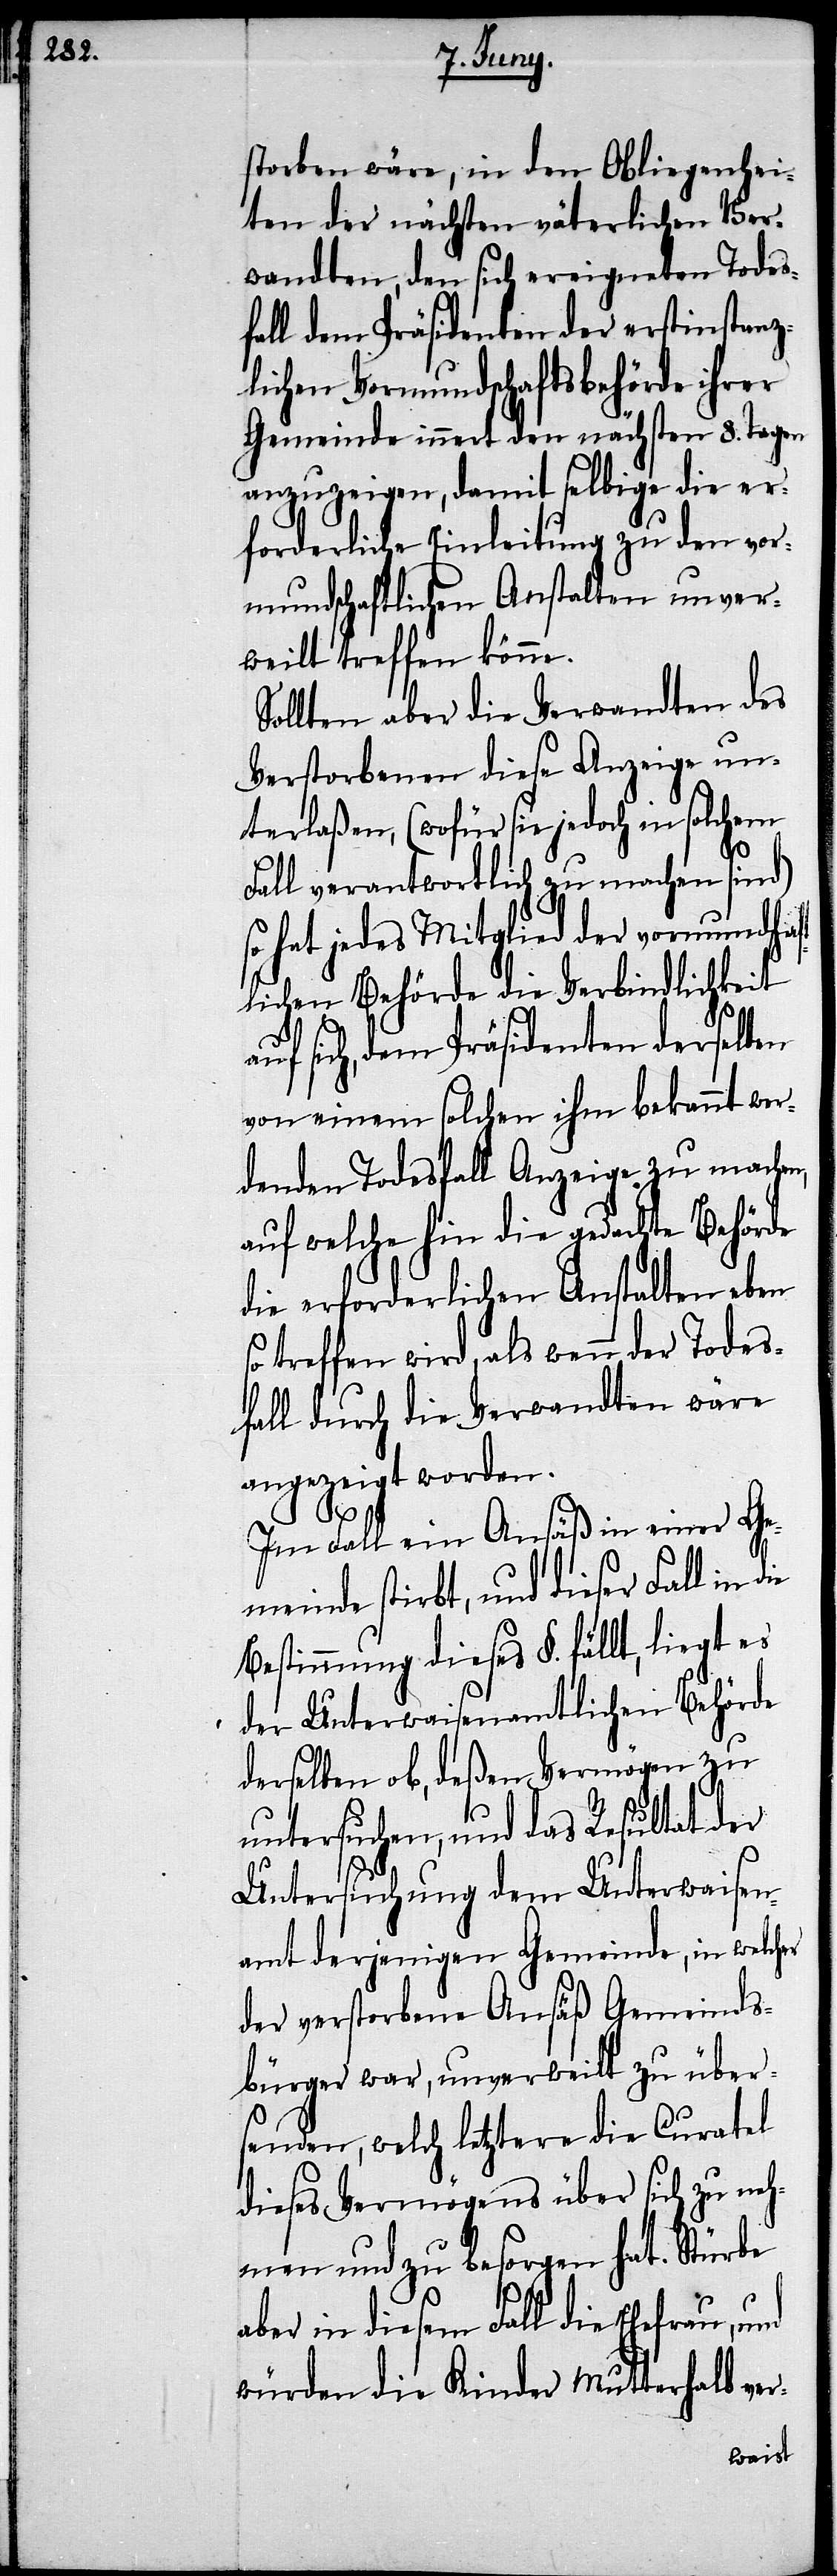
storben wäre, in den Obliegenhei¬
ten der nächsten väterlichen Ver¬
wandten, den sich ereigneten Todes¬
fall dem Präsidenten der erstinstanz¬
lichen Vormundschaftsbehörde ihrer
Gemeinde innert den nächsten 8. Tagen
anzuzeigen, damit selbige die er¬
forderliche Einleitung zu den vor¬
mundschaftlichen Anstalten unver¬
weilt treffen könne.
Sollten aber die Verwandten des
Verstorbenen diese Anzeige un¬
terlaßen, (wofür sie jedoch in solchem
Fall verantwortlich zu machen sind)
so hat jedes Mitglied der vormundsch¬
tlichen Behörde die Verbindlichkeit
af¬
auf sich, dem Präsidenten derselben
von einem solchen ihm bekannt wer¬
denden Todesfall Anzeige zu machen,
auf welche hin die gedachte Behörde
die erforderlichen Anstalten eben
so treffen wird, als wenn der Todes¬
fall durch die Verwandten wäre
angezeigt worden.
Im Fall ein Ansäß in einer Ge¬
meinde stirbt, und dieser Fall in
Bestimmung dieses §. fällt, liegt es
der Unterwaisenamtlichen Behörde
derselben ob, deßen Vermögen zu
untersuchen, und das Resultat der
Untersuchung dem Unterwaisen¬
amt derjenigen Gemeinde, in welcher
der verstorbene Ansäß Gemeinds¬
bürger war, unverweilt zu über¬
senden, welch letztere die Curatel
dieses Vermögens über sich zu neh¬
men und zu besorgen hat. Stürbe
aber in diesem Fall die Ehefrau, und
würden die Kinder Mutterhalb ver-